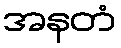
အနတံ